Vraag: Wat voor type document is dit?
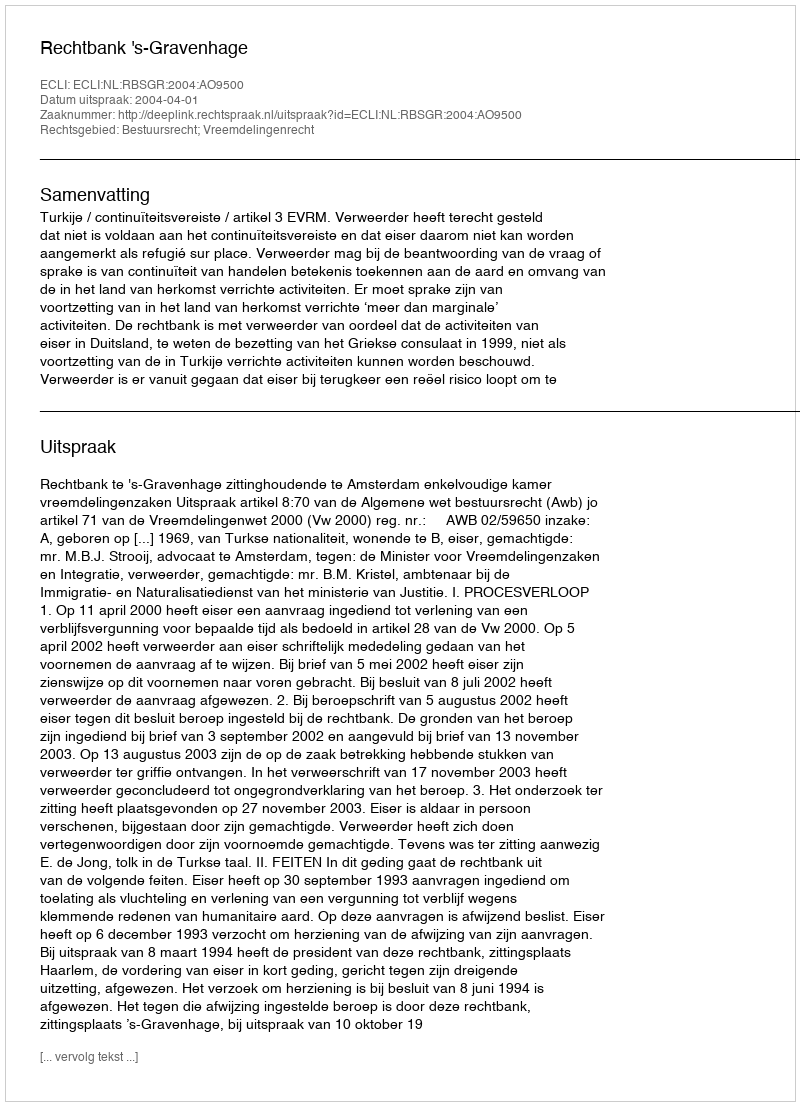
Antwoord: Uitspraak